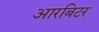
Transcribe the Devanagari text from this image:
आरबिटर